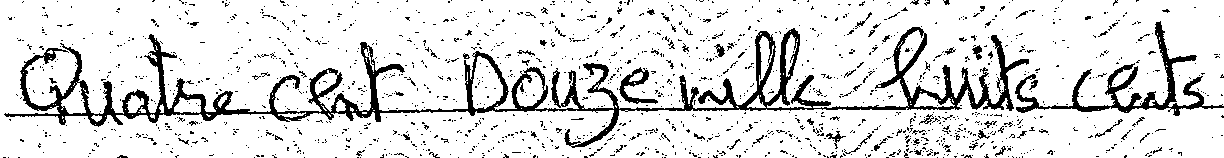
Quatre cent Douze mille huits cents